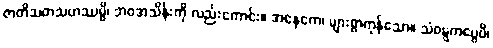
ဇာတိသတသဟဿမ္ပိ၊ ဘဝအသိန်းကို လည်းကောင်း။ အနေကေ၊ များစွာကုန်သော။ သံဝဋ္ဋကပ္ပေပိ၊